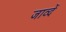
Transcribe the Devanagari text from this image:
जाव्दें